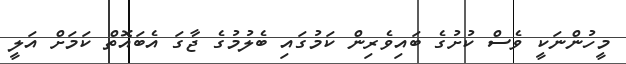
މީހުންނަކީ ވެސް ކުށުގެ ބައިވެރިން ކަމުގައި ބެލުމުގެ ޖާގަ އެބައޮތް ކަމަށް އަލީ